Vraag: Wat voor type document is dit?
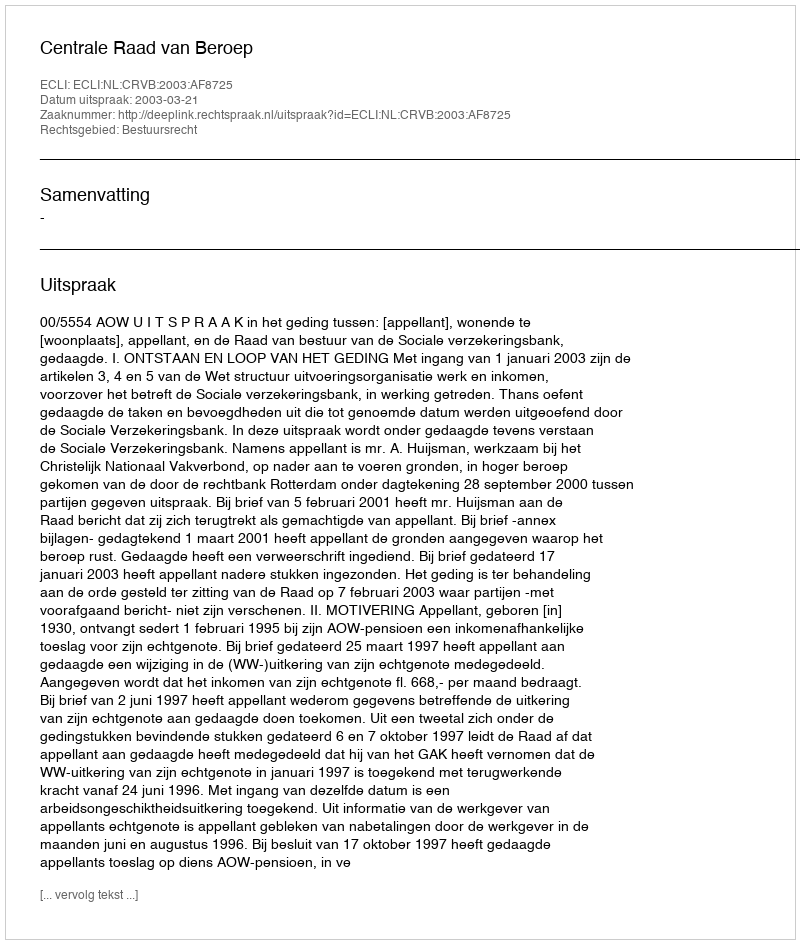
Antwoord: Uitspraak